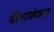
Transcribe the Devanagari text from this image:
वीणालंकार